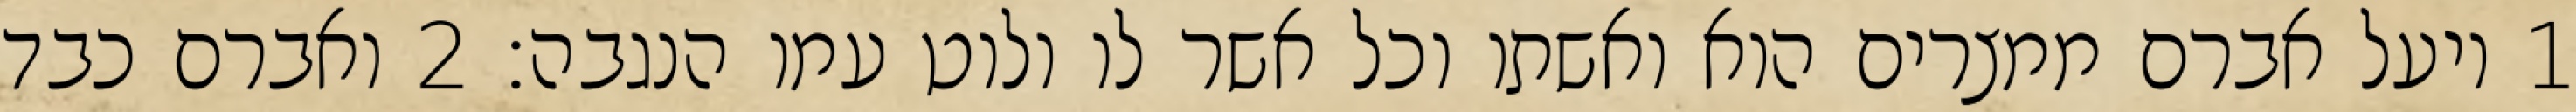
1 ויעל אברם ממצרים הוא ואשתו וכל אשר לו ולוט עמו הנגבה׃ ‎2‏ ואברם כבד